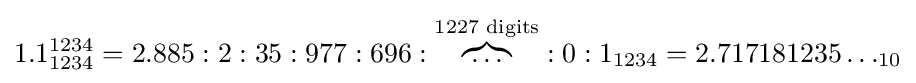
1.1_{1234}^{1234}=2.885:2:35:977:696:\overbrace {\ldots } ^{\text{1227 digits}}:0:1_{1234}=2.717181235\ldots _{10}